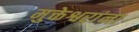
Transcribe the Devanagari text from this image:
मुक्तेश्वरांना